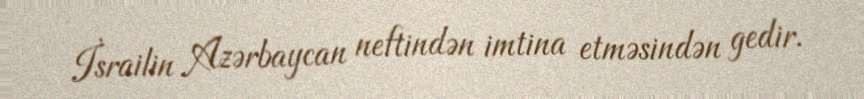
İsrailin Azərbaycan neftindən imtina etməsindən gedir.